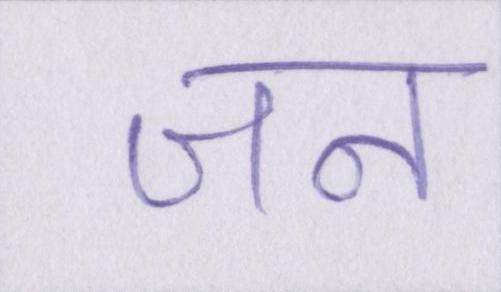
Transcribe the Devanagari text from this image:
जन